Report on vaccination in Madras 1904-1921 - 1904-1921
Year: 1904
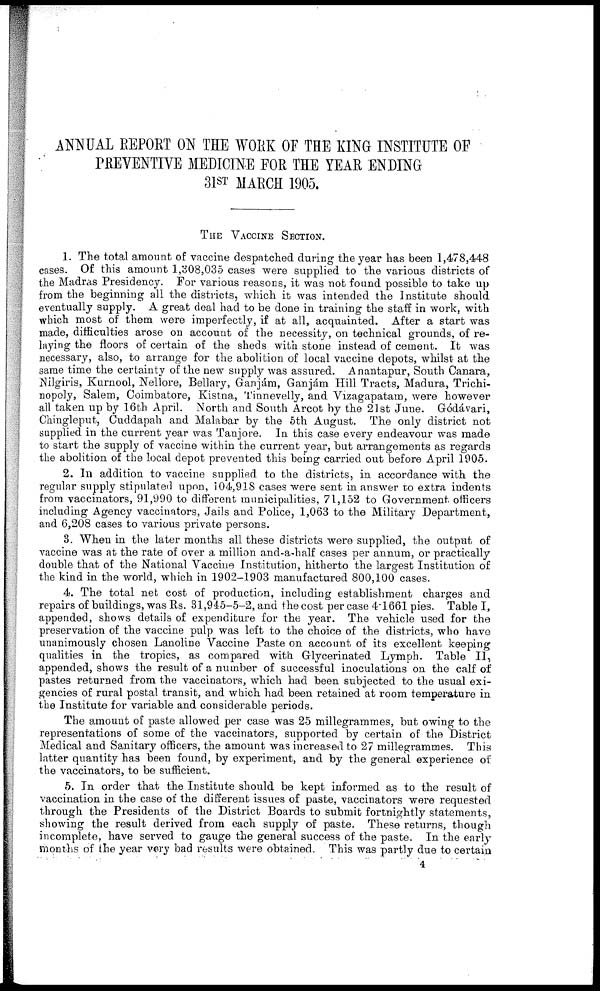
ANNUAL REPORT ON THE WORK OF THE KING INSTITUTE OF
PREVENTIVE MEDICINE FOR THE YEAR ENDING
31ST MARCH 1905.
THE VACCINE SECTION.
1. The total amount of vaccine despatched during the year has been 1,478,448
cases. Of this amount 1,308,035 cases were supplied to the various districts of
the Madras Presidency. For various reasons, it was not found possible to take up
from the beginning all the districts, which it was intended the Institute should
eventually supply. A great deal had to be done in training the staff in work, with
which most of them were imperfectly, if at all, acquainted. After a start was
made, difficulties arose on account of the necessity, on technical grounds, of re-
laying the floors of certain of the sheds with stone instead of cement. It was
necessary, also, to arrange for the abolition of local vaccine depots, whilst at the
same time the certainty of the new supply was assured. Anantapur, South Canara,
Nilgiris, Kurnool, Nellore, Bellary, Ganjám, Ganjám Hill Tracts, Madura, Trichi-
nopoly, Salem, Coimbatore, Kistna, Tinnevelly, and Vizagapatam, were however
all taken up by 16th April. North and South Arcot by the 21st June. Gódávari,
Chingleput, Cuddapah and Malabar by the 5th August. The only district not
supplied in the current year was Tanjore. In this case every endeavour was made
to start the supply of vaccine within the current year, but arrangements as regards
the abolition of the local depot prevented this being carried out before April 1905.
2. In addition to vaccine supplied to the districts, in accordance with the
regular supply stipulated upon, 104,918 cases were sent in answer to extra indents
from vaccinators, 91,990 to different municipalities, 71,152 to Government officers
including Agency vaccinators, Jails and Police, 1,063 to the Military Department,
and 6,208 cases to various private persons.
3. When in the later months all these districts were supplied, the output of
vaccine was at the rate of over a million and-a-half cases per annum, or practically
double that of the National Vaccine Institution, hitherto the largest Institution of
the kind in the world, which in 1902-1903 manufactured 800,100 cases.
4. The total net cost of production, including establishment charges and
repairs of buildings, was Rs. 31,945-5-2, and the cost per case 4.1661 pies. Table I,
appended, shows details of expenditure for the year. The vehicle used for the
preservation of the vaccine pulp was left to the choice of the districts, who have
unanimously chosen Lanoline Vaccine Paste on account of its excellent keeping
qualities in the tropics, as compared with Glycerinated Lymph. Table II,
appended, shows the result of a number of successful inoculations on the calf of
pastes returned from the vaccinators, which had been subjected to the usual exi-
gencies of rural postal transit, and which had been retained at room temperature in
the Institute for variable and considerable periods.
The amount of paste allowed per case was 25 millegrammes, but owing to the
representations of some of the vaccinators, supported by certain of the District
Medical and Sanitary officers, the amount was increased to 27 millegrammes. This
latter quantity has been found, by experiment, and by the general experience of
the vaccinators, to be sufficient.
5. In order that the Institute should be kept informed as to the result of
vaccination in the case of the different issues of paste, vaccinators were requested
through the Presidents of the District Boards to submit fortnightly statements,
showing the result derived from each supply of paste. These returns, though
incomplete, have served to gauge the general success of the paste. In the early
months of the year very bad results were obtained. This was partly due to certain
4